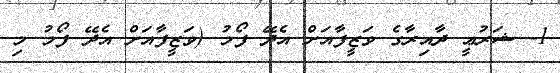
1- ޝަރުޢީ ދާއިރާގެ ވަޒީފާއަށް އެދޭ ފޯމު (ވަޒީފާއަށް އެދޭ ފޯމު މި